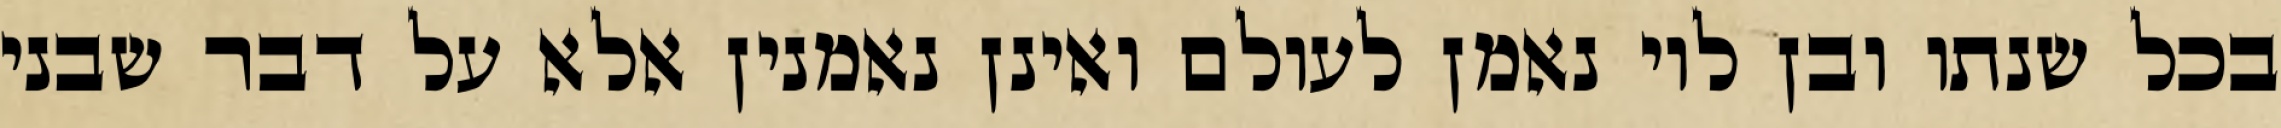
בכל שנתו ובן לוי נאמן לעולם ואינן נאמנין אלא על דבר שבני